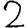
Digit: 2